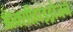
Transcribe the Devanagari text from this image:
ऑक्सीहाइड्रोजन